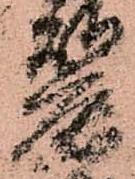
麗